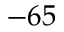
- 6 5